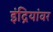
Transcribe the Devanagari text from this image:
इंद्रियांवर